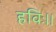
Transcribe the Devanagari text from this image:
हविः।।